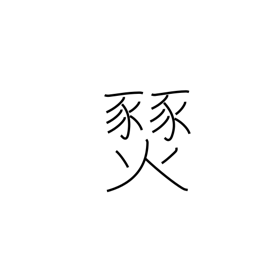
Meaning: prairie fire